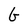
Character: G